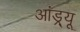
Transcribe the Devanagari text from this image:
आंड्र्यू